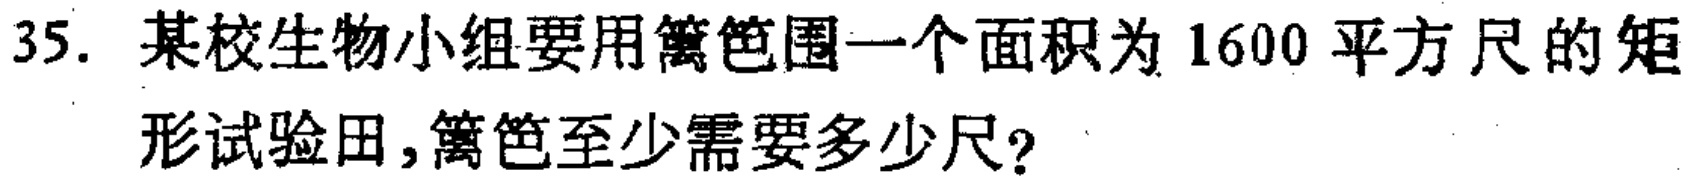
35. 某校生物小组要用篱笆围一个面积为 1600 平方尺的矩形试验田,篱笆至少需要多少尺?